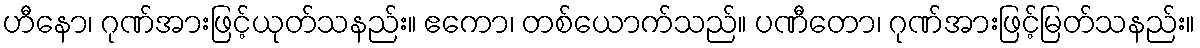
ဟီနော၊ ဂုဏ်အားဖြင့်ယုတ်သနည်း။ ဧကော၊ တစ်ယောက်သည်။ ပဏီတော၊ ဂုဏ်အားဖြင့်မြတ်သနည်း။